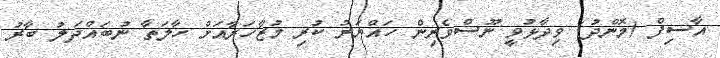
އާސިފް (މޮންދު) ވިދާޅުވީ ނޫސްވެރިން ހައްޔަރު ކުރި މުޒާހަރާއަށް ހާލަތާ ނުބައްދަލު ބާރު